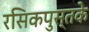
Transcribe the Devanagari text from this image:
रसिकपुस्तके